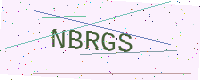
Text: NBRGS